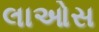
લાઓસ